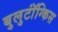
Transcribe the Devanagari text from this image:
बुलुटॉंग्किस